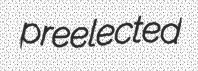
preelected